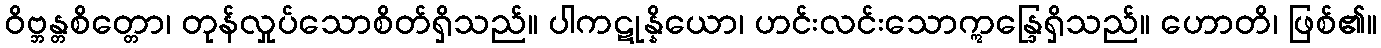
ဝိဗ္ဘန္တစိတ္တော၊ တုန်လှုပ်သောစိတ်ရှိသည်။ ပါကဋုန္နိယော၊ ဟင်းလင်းသောဣန္ဒြေရှိသည်။ ဟောတိ၊ ဖြစ်၏။